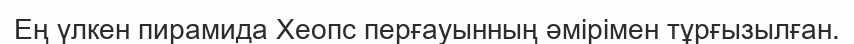
Ең үлкен пирамида Хеопс перғауынның әмірімен тұрғызылған.